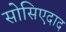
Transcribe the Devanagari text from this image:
सोसिएदाद